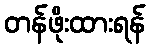
တန်ဖိုးထားရန်